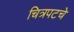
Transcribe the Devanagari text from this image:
चित्रपटचे